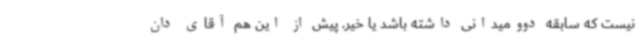
نیست که سابقه دوومیدانی داشته باشد یا خیر. پیش از این هم آقای دان